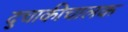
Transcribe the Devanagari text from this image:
दुचाकीचालक